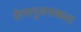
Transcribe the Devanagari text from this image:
रोगानुजनाकता